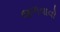
જળવાવો